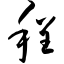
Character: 程